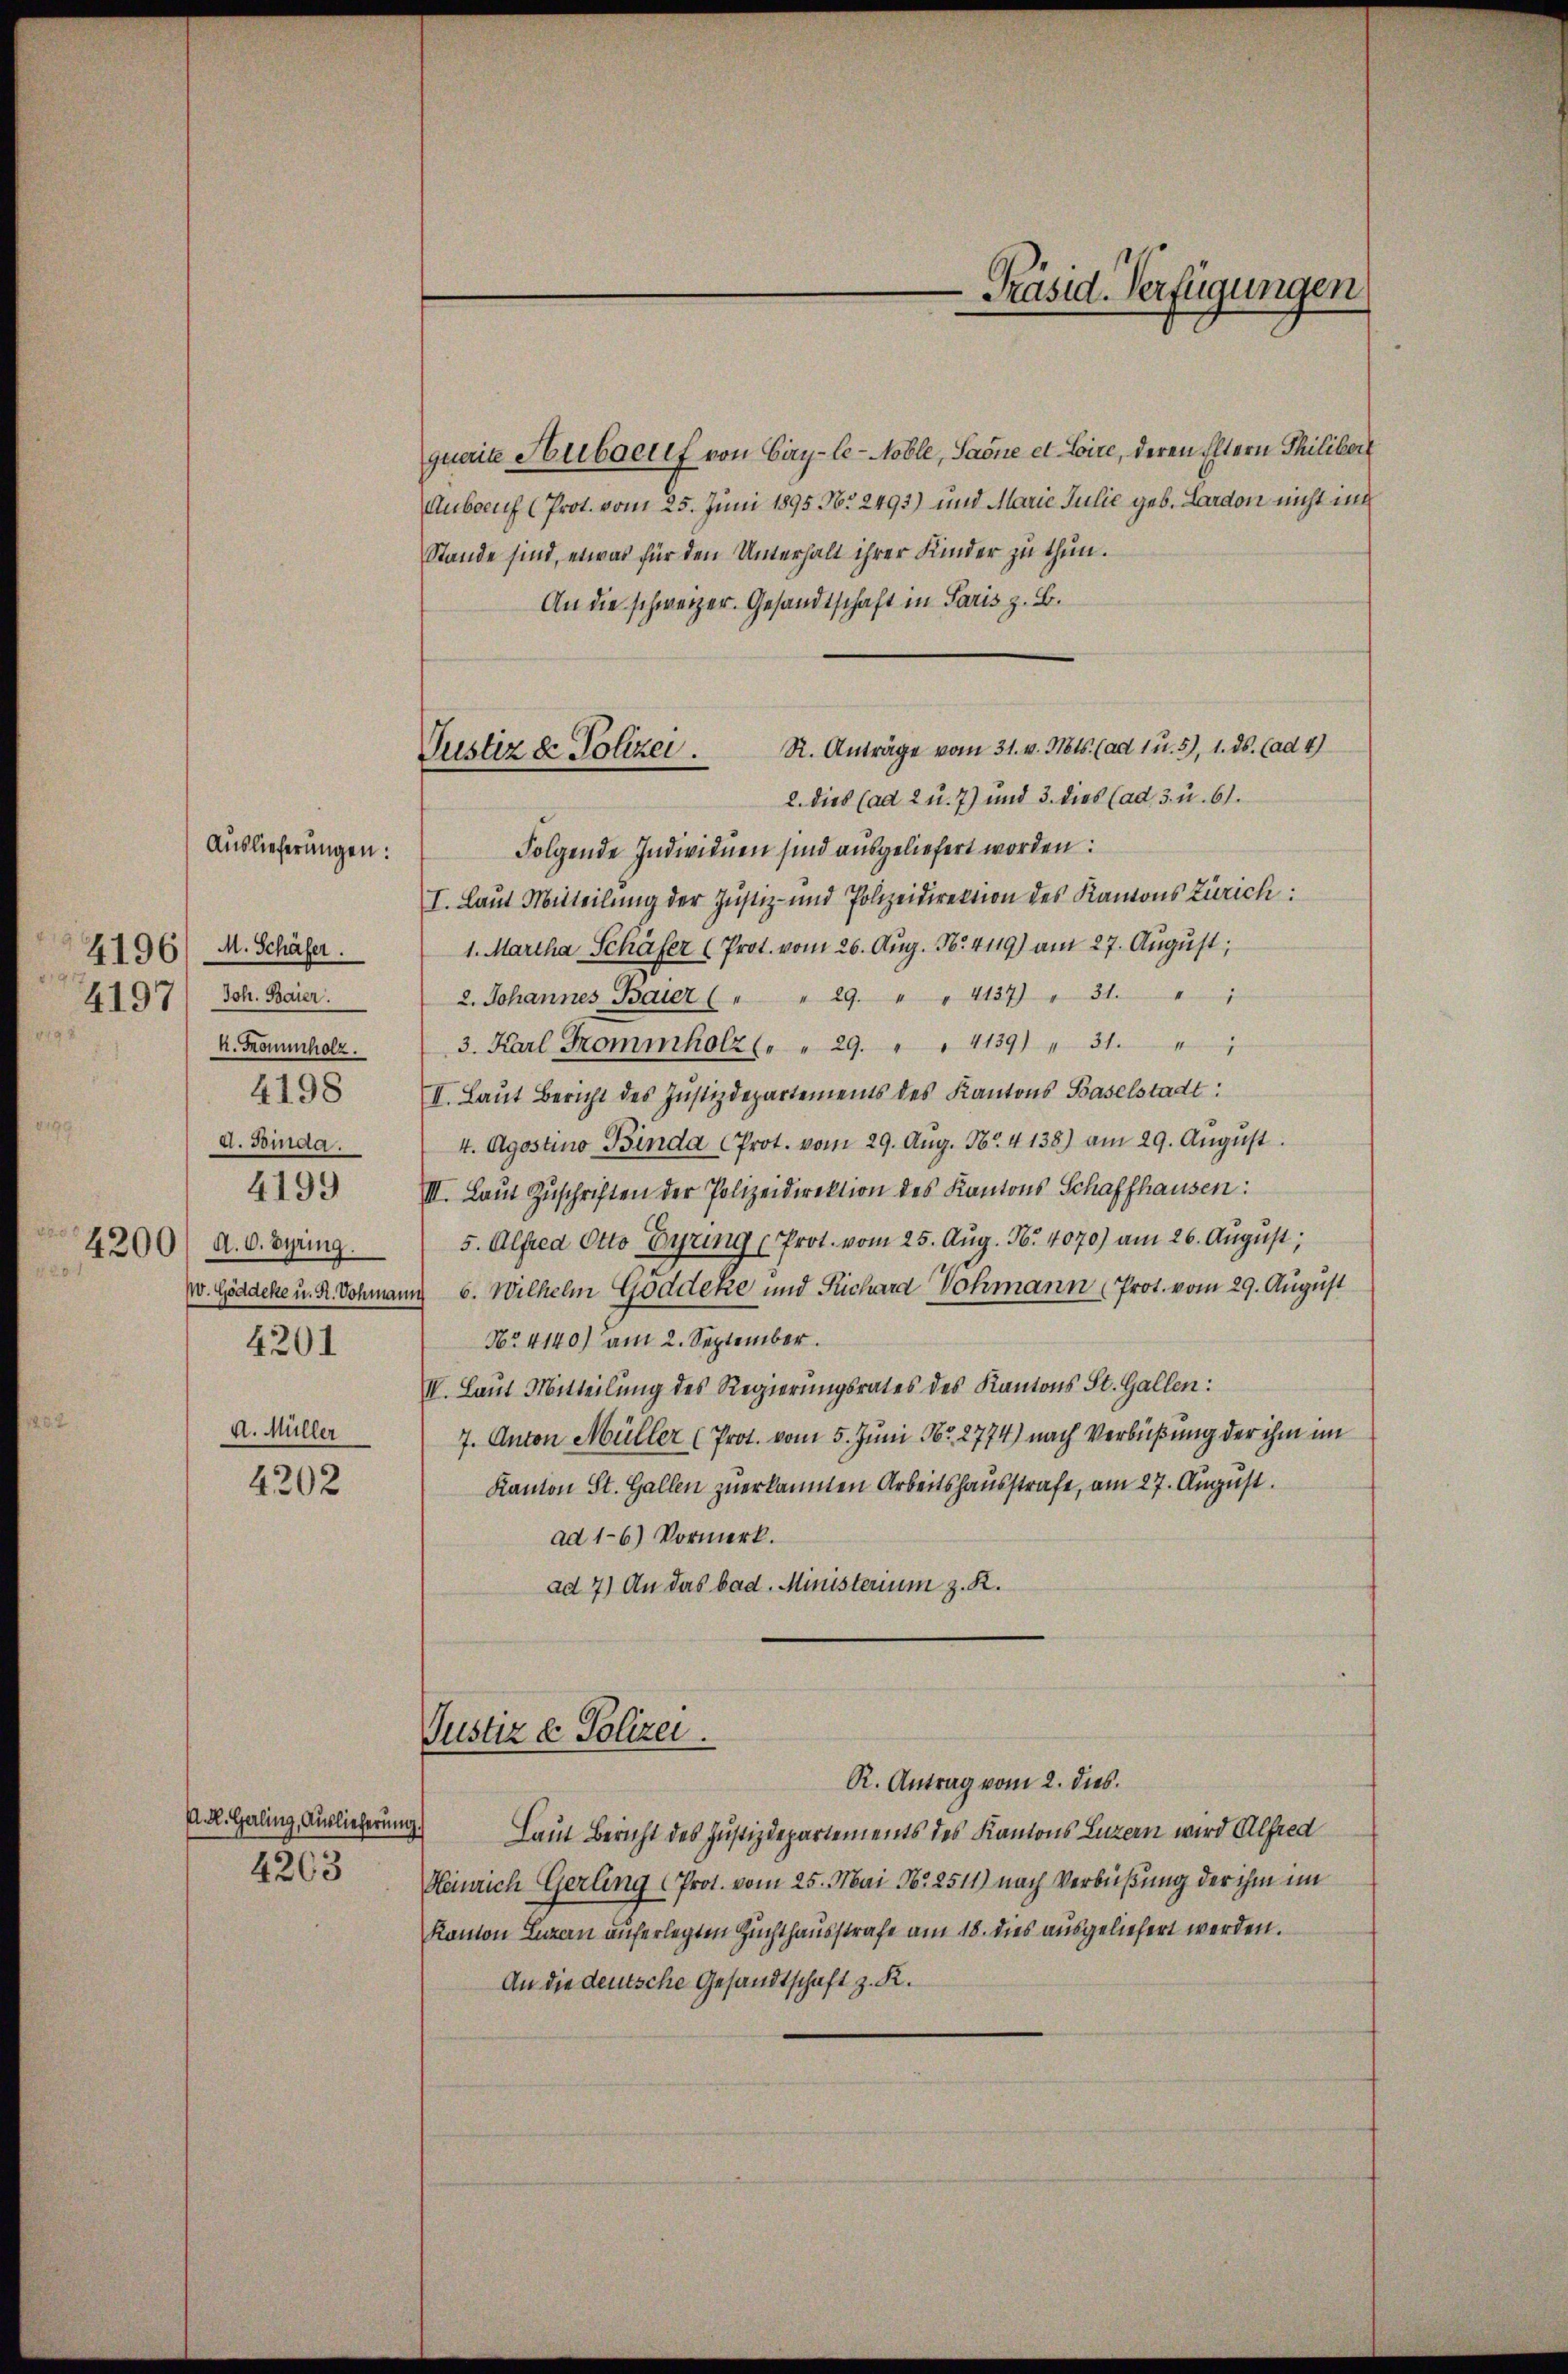
Auslieferungen:
4196/ M. Schäfer.
4197/ Joh. Baier.
k. Trommholz.
4198
d. Binda.
4199
4200. d. O. Syring.
W. Göddeke u. R. Dohmai
4201
A. Müller

4202

A. R. Galing, Auslieferung.
4263

Justiz & Polizei.

Präsid. Verfügungen

quaite Huberuf von Giry-le-Noble, Saone et Loire, deren Eltern Thilibert
Anbauh (Prot. vom 25. Juni 1895 No 2493) und Marie Julie geb. Lardon nicht in
Stande sind, etwas für den Unterhalt ihrer Kinder zu thun.
An die schweizer. Gesandtschaft in Paris z. B.
R. Anträge vom 31. v. Mts. (ad 1 u. 5), 1. ds. (ad 4)
2. dies (ad 2 u. 7) und 3. dies (ad 3. u. 61.
Folgende Individuen sind ausgeliefert worden:
I. Laut Mitteilung der Justiz- und Polizeidirektion des Kantons Zürich:
1. Martha Schafer (Prot. vom 26. Aug. No. 4119) am 27. August,
2. Johannes Baier ( " " 29. " " 4137) " 31. " "
3. Karl Frommholz (" " 29. " " 4139) " 31.
II. Laut Bericht des Justizdepartements des Kantons Baselstadt:
4. Agostino Binda prot. vom 29. Aug. No. 4138) am 29. August.
III. Laŭt Zŭschriften der Polizeidirektion des Kantons Schaffhausen:
5. Alfred Otto Eyring (Prot. vom 25. Aug. N. 4070) am 26. August,
un 6. Wilhelm Goddeke und Richard Vohmann (Prot. vom 29. August
Nr. 4140) am 2. September.
IV. Laut Mitteilung des Regierungsrates des Kantons St. Gallen:
7. Anton Müller (Prot. vom 5. Juni Nr. 2774) nach Verbüßung der ihm im
Kanton St. Gallen zuerkannten Arbeitshausstrafe, am 27. August.
ad 16) Vormerk.
ad 7) An das bad. Ministerium z. R.
Justiz & Polizei.
R. Antrag vom 2. dies
Laut Bericht des Justizdepartements des Kantons Luzern wird Alfred
Heinrich Gerling (Prot. vom 25. Mai Nr. 2511) nach Verbüßung der ihm im
Kanton Luzern auferlegten Zuchthausstrafe am 18. dies ausgeliefert werden.
An die deutsche Gesandtschaft z. R.